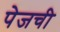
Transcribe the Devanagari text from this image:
पेजची